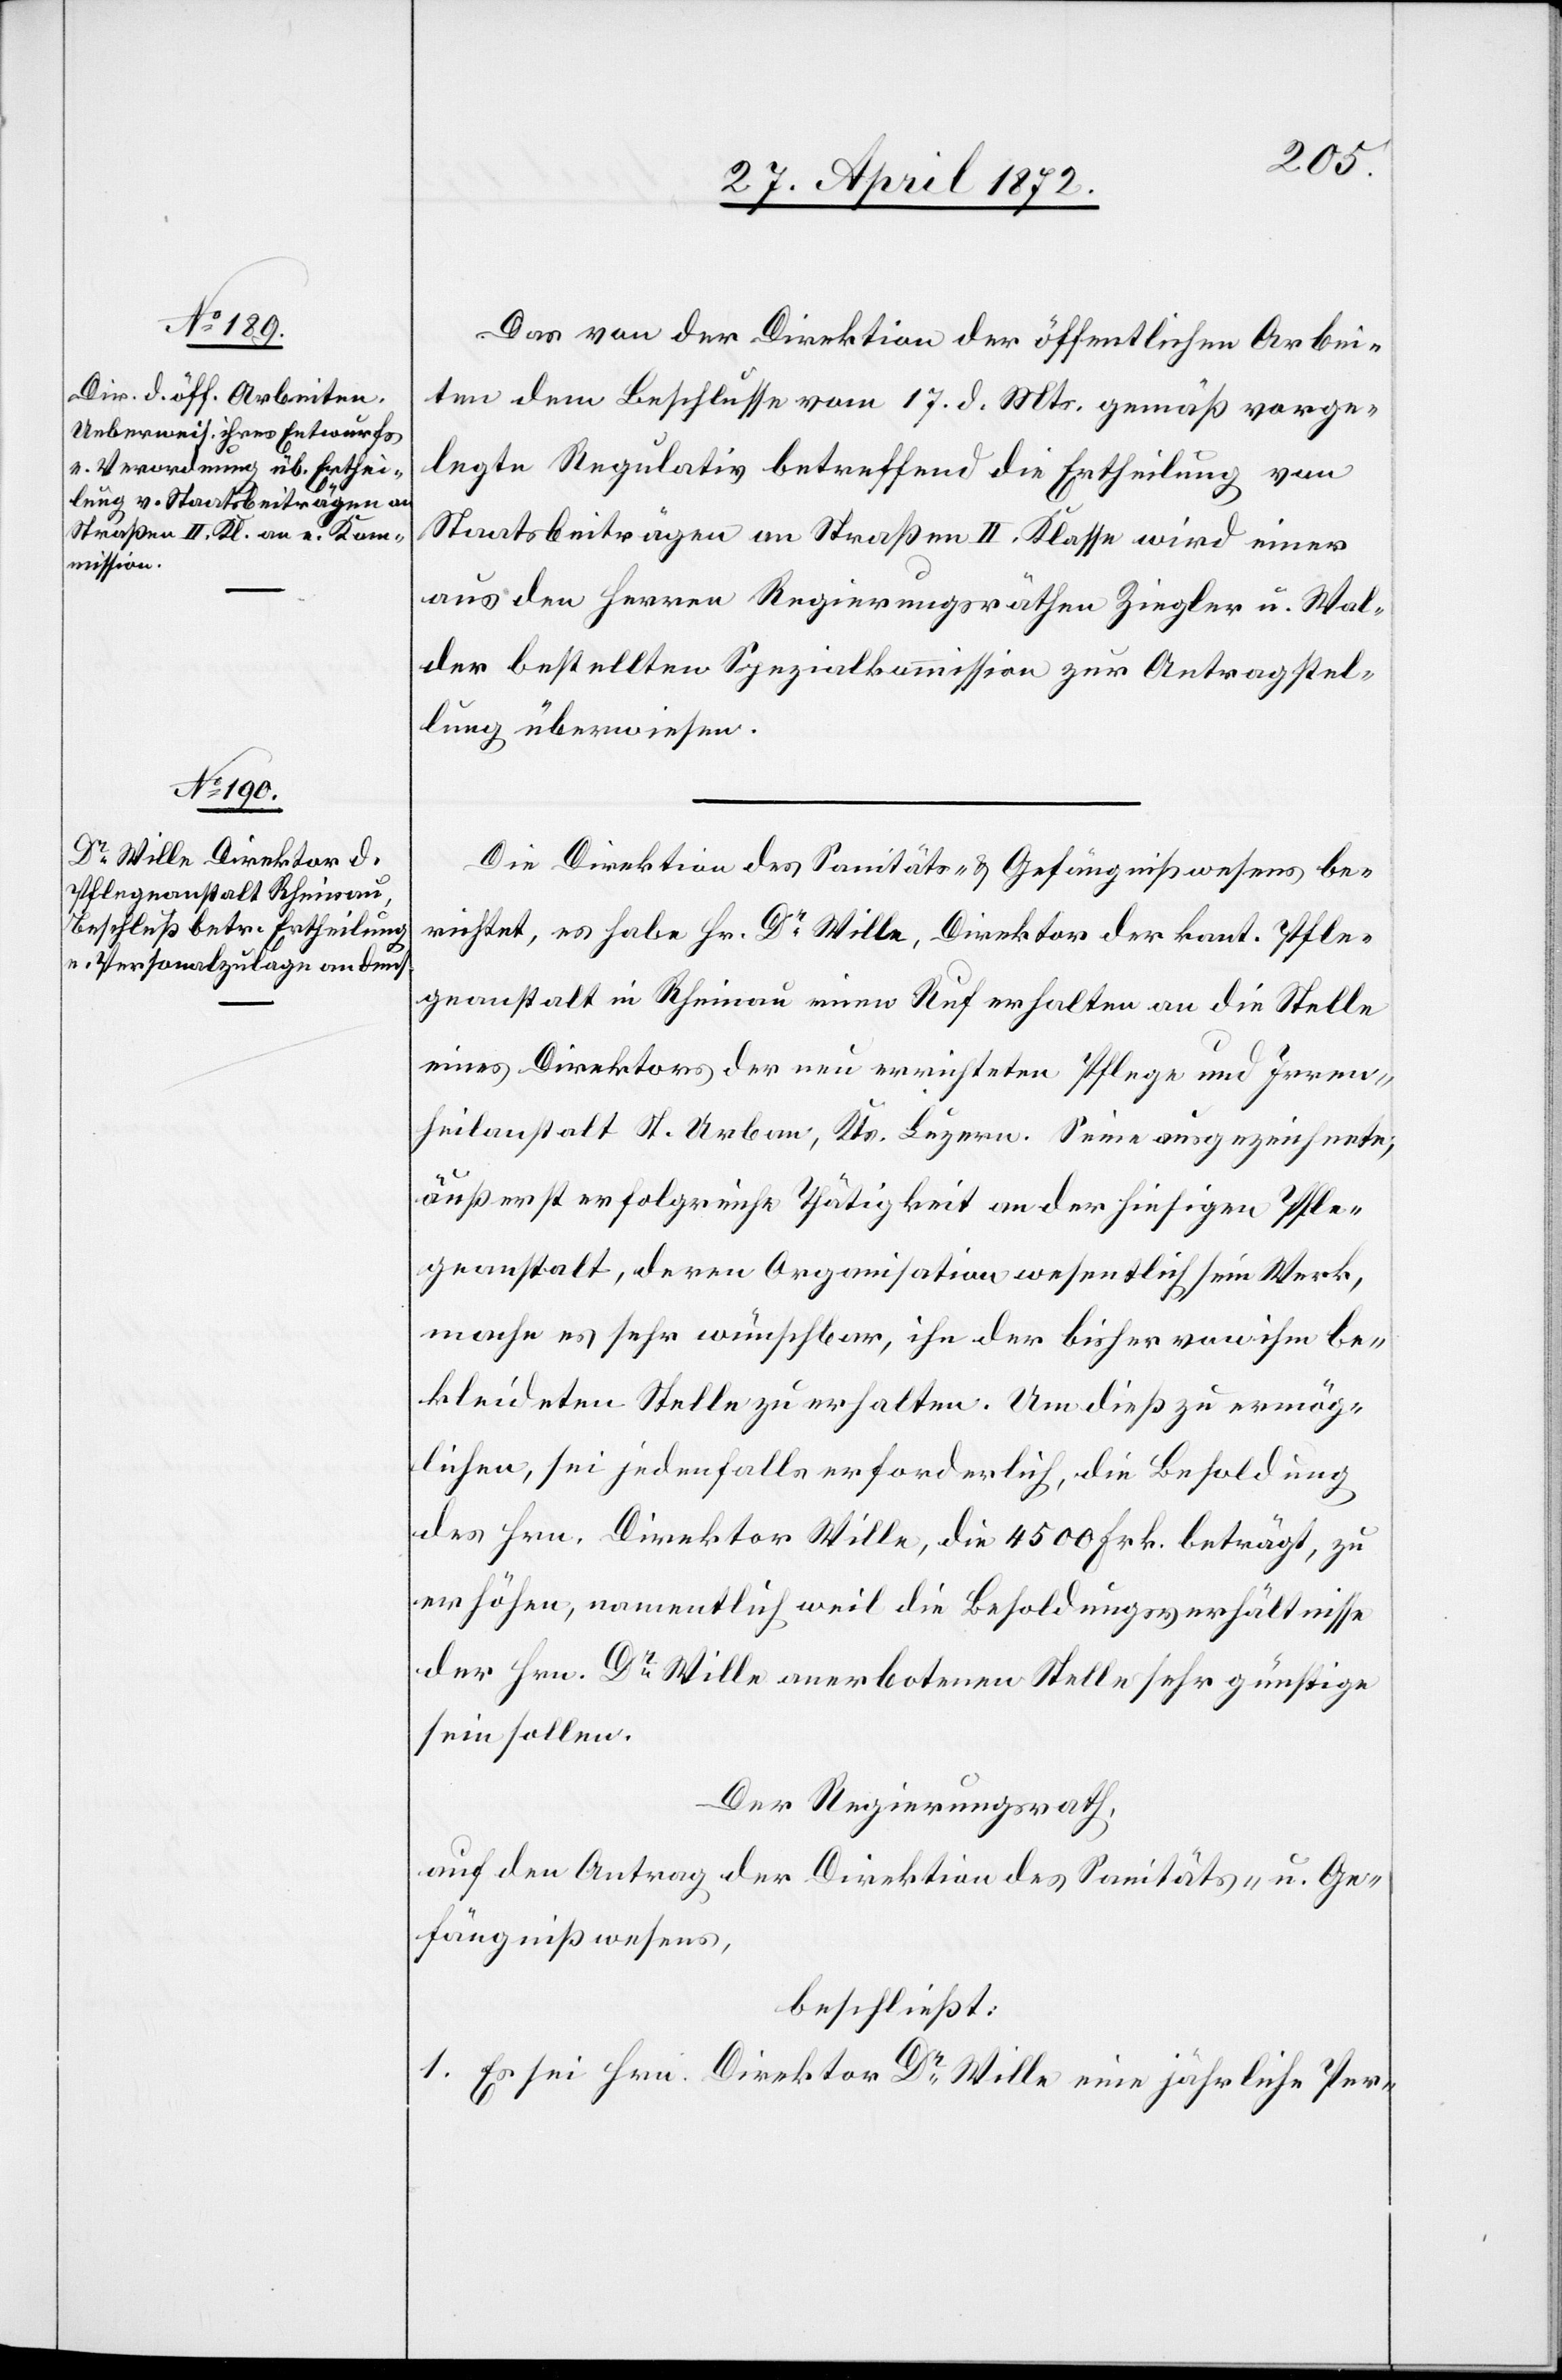
Das von der Direktion der öffentlichen Arbei¬
ten dem Beschlusse vom 17. d. Mts. gemäß vorge¬
legte Regulativ betreffend die Ertheilung von
Staatsbeiträgen an Straßen II. Klasse wird einer
aus den Herren Regierungsräthen Ziegler u. Wal¬
der bestellten Spezialkommission zur Antragstel¬
lung überwiesen.
Die Direktion des Sanitäts- u. Gefängnißwesens be¬
richtet, es habe Hr. Dr Wille, Direktor der kant. Pfle¬
geanstalt in Rheinau einen Ruf erhalten an die Stelle
eines Direktors der nun errichteten Pflege[-] und Irren¬
anstalt St. Urban, Kts. Luzern. Seine ausgezeichnete,
äußerst erfolgreiche Thätigkeit an der hiesigen Pfle¬
geanstalt, deren Organisation wesentlich sein Werk,
mache es sehr wünschbar, ihn der bisher von ihm be¬
kleideten Stelle zu erhalten. Um dieß zu ermög¬
lichen, sei jedenfalls erforderlich, die Besoldung
des Hrn. Direktor Wille, die 4500 Frk. beträgt, zu
erhöhen, namentlich weil die Besoldungsverhältnisse
der Hrn. Dr. Wille anerbotenen Stelle sehr günstige
sein sollen.
Der Regierungsrath,
auf den Antrag der Direktion des Sanitäts- u. Ge¬
fängnißwesens,
beschließt:
1. Es sei Hrn. Direktor Dr. Wille eine jährliche Per-